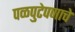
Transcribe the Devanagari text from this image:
पळपुटेपणाचे